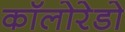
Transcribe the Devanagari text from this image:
कॉलोरेडो